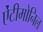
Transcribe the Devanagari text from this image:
ऐंटीमोनिल